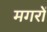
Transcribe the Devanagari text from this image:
मगरों